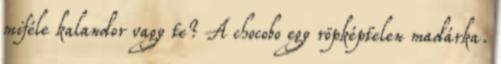
miféle kalandor vagy te? A chocobo egy röpképtelen madárka.